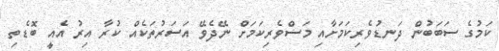
ކަމުގެ ސަބަބުން ދަނޑުވެރިކަމަށާއި މަސްވެރިކަމަށް ނޭދެވޭ އަސަރުތަކެއް ކުރާ އިރު އެއީ ބޮޑެތި